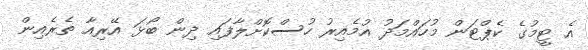
އެ ޓީމުގެ ކެޕްޓަން މުހައްމަދު އުމެއިރު ހުސްކޮށްލާފައި ދިން ބޯޅަ އޭރިއާ ތެރެއިން